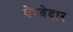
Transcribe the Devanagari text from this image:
बेरवेदार